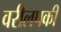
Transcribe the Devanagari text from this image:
वरीलपकी